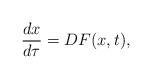
LaTeX: \begin{align*}\frac{dx}{d\tau}=DF(x,t),\end{align*}